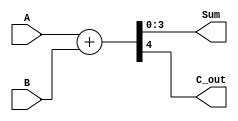
	module binary_adder(
     	output [3:0] Sum, output C_out,
     	input [3:0] A,B
     	); 
     	assign{C_out,Sum} = A + B; 
     	endmodule 	 	
     	
     	module binary_substactor(
     	output [3:0] res, output C_out, 
    	input [3:0] A,B
    	); 		 
    	assign{C_out,res}= A - B; 	
    	endmodule 	 	
    	
  	module AdderSub(
    	output [3:0] sum_diff ,output carry, 
    	input [3:0] A, 
    	input[3:0] B, 
    	input select
    	); 	 	
   	wire [3:0] sum; 		
    	wire [3:0] dif; 	
    	wire carryout1 ; 		
    	wire carryout2 ; 	 	
   	binary_adder binary_adder(sum, carryout1,A,B);
    	binary_substactor binary_substactor(dif,carryout2,A,B); 	 		
	assign sum_diff = select? dif:sum; 	
   	assign carry = select?carryout2:carryout1; 
    	endmodule